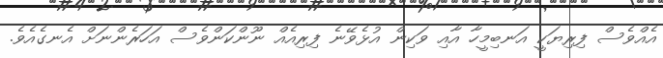
އެއްވެސް ފިރިޔަކީ އަނބިމީހާ އާއި ވަކިން އުޅެވޭނެ ފިރިއެއް ނޫންކަންވެސް އަހަރެންނަށް އެނގެއެވެ.